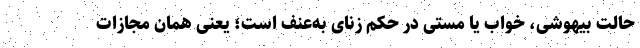
حالت بیهوشی، خواب یا مستی در حکم زنای به‌عنف است؛ یعنی همان مجازات